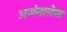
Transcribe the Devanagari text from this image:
अजंतालेख